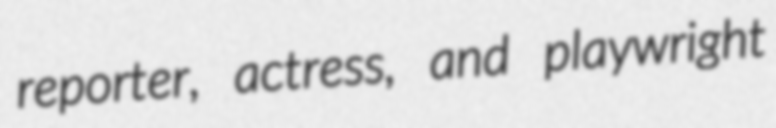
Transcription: reporter, actress, and playwright